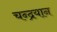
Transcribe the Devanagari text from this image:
चन्‍द्रयान